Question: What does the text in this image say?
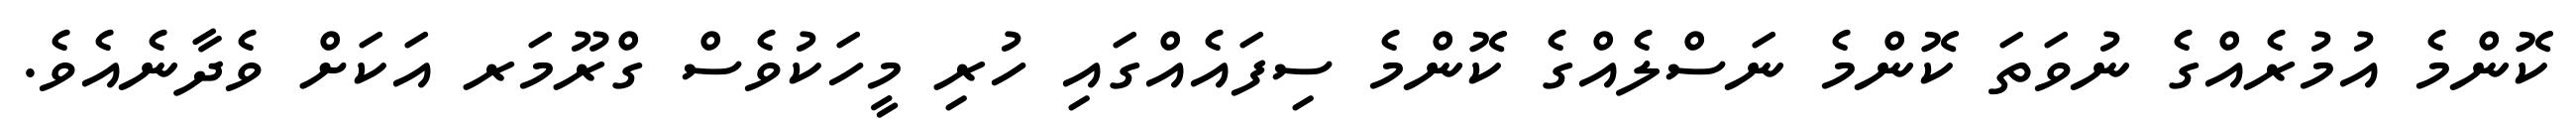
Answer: ކޮންމެ އުމުރެއްގެ ނުވަތަ ކޮންމެ ނަސްލެއްގެ ކޮންމެ ސިފައެއްގައި ހުރި މީހަކުވެސް ގްރޫމަރ އަކަށް ވެދާނެއެވެ.